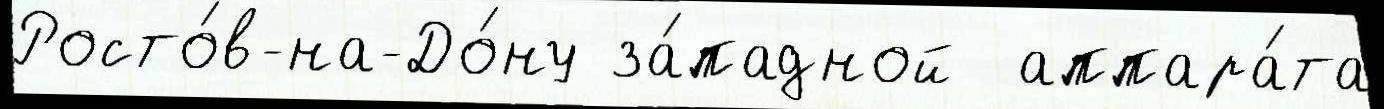
Росто́в-на-До́ну за́падной  аппара́та